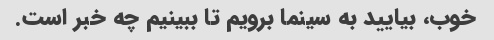
خوب، بیایید به سینما برویم تا ببینیم چه خبر است.